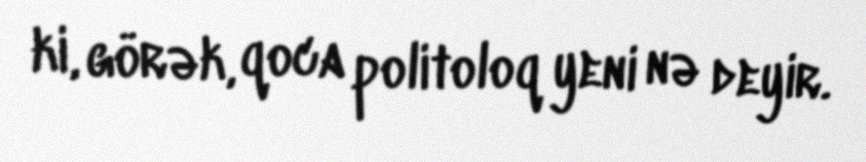
ki, görək, qoca politoloq yeni nə deyir.